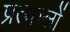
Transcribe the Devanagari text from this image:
प्रत्यम्लों